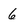
Character: 6